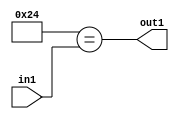
`timescale 1ps / 1ps
/*****************************************************************************
    Verilog RTL Description
    
    
    Created by: Stratus DpOpt 21.05.01 
*******************************************************************************/

module dut_Equal_1U_49_4 (
	in1,
	out1
	); /* architecture "behavioural" */ 
input [5:0] in1;
output  out1;
wire  asc001;

assign asc001 = (11'B00000100100==in1);

assign out1 = asc001;
endmodule

/* CADENCE  urb3TQw= : u9/ySxbfrwZIxEzHVQQV8Q== ** DO NOT EDIT THIS LINE ******/